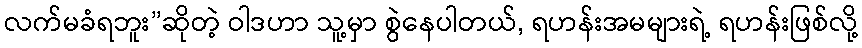
လက်မခံရဘူး”ဆိုတဲ့ ဝါဒဟာ သူ့မှာ စွဲနေပါတယ်, ရဟန်းအမများရဲ့ ရဟန်းဖြစ်လို့